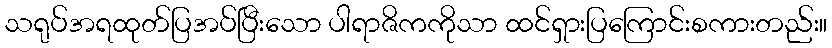
သရုပ်အရထုတ်ပြအပ်ပြီးသော ပါရာဇိကကိုသာ ထင်ရှားပြကြောင်းစကားတည်း။